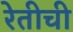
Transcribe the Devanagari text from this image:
रेतीची